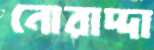
নোরাদ্দা